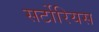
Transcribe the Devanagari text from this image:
सर्टोरियस